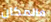
فالمكان